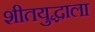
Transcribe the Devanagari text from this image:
शीतयुद्धाला